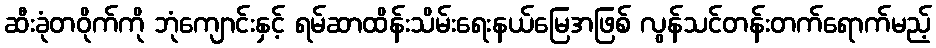
ဆီးခုံတဝိုက်ကို ဘုံကျောင်းနှင့် ရမ်ဆာထိန်းသိမ်းရေးနယ်မြေအဖြစ် လွန်သင်တန်းတက်ရောက်မည့်